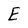
Character: E